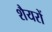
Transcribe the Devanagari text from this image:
शैयरों